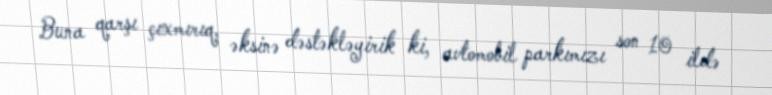
Buna qarşı çıxmırıq, əksinə dəstəkləyirik ki, avtomobil parkımızı son 10 ildə